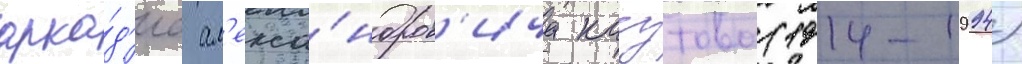
арка́д'иа ал'екса́ндров'ича казутова (1914-1994)